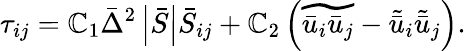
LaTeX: {\tau_{ij}}={\mathbb{C}_{1}}{\bar{{\Delta}}^{2}}\left|{\bar{{S}}}\right|{\bar{{S}}_{ij}}+{\mathbb{C}_{2}}\left({\widetilde{{{{\bar{{u}}}_{i}}{{\bar{{u}}}_{j}}}}-{{\tilde{{\bar{{u}}}}}_{i}}{{\tilde{{\bar{{u}}}}_{j}}}}\right).